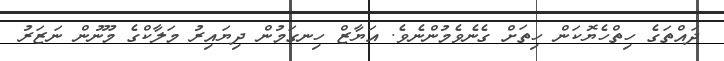
ދައްތަގެ ހިތްހެޔޮކަން ހިތަށް ގެނެވެމުންނެވެ. އަޔާޒް ހިނގަމުން ދިޔައިރު މަލާކްގެ މޫނުން ނަޒަރު